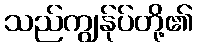
သည်ကျွန်ုပ်တို့၏